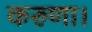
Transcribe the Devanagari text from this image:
करुणा।